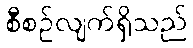
စီစဉ်လျက်ရှိသည်